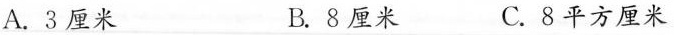
A.3厘米 B.8厘米 C.8平方厘米